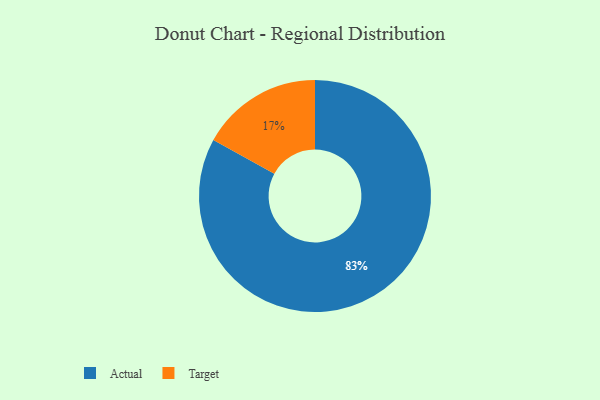
{"axis": {"x": "Category", "y": "Percentage"}, "legend": ["Actual", "Target"], "data": [{"x": "Target", "y": 17, "type": "Target"}, {"x": "Actual", "y": 83, "type": "Actual"}]}